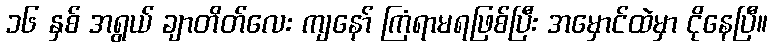
၁၆ နှစ် အရွယ် ချာတိတ်လေး ကျနော် ကြံရာမရဖြစ်ပြီး အမှောင်ထဲမှာ ငိုနေပြီ။